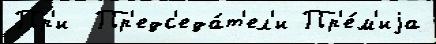
Пр'и  Пр'едс'еда́т'ел'и Пр'е́м'иjа